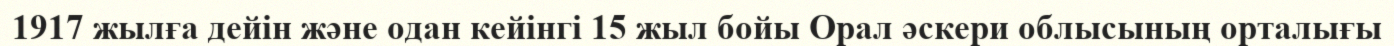
1917 жылға дейін және одан кейінгі 15 жыл бойы Орал әскери облысының орталығы